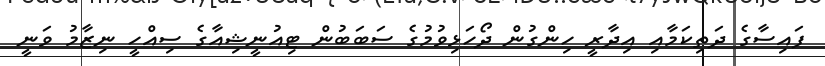
ފައިސާގެ ދަތިކަމާއި އިދާރީ ހިންގުން ދޯހަޅިވުމުގެ ސަބަބުން ޓިއުނީޝިއާގެ ސިއްހީ ނިޒާމު ވަނީ